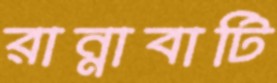
রান্নাবাটি